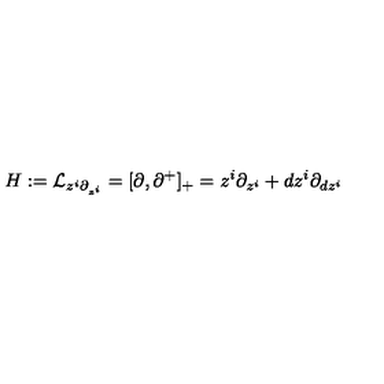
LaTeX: H : = { \cal L } _ { z ^ { i } \partial _ { z ^ { i } } } = [ \partial , \partial ^ { + } ] _ { + } = z ^ { i } \partial _ { z ^ { i } } + d z ^ { i } \partial _ { d z ^ { i } }